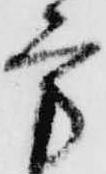
方